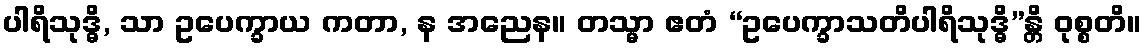
ပါရိသုဒ္ဓိ, သာ ဥပေက္ခာယ ကတာ, န အညေန။ တသ္မာ ဧတံ “ဥပေက္ခာသတိပါရိသုဒ္ဓိ”န္တိ ဝုစ္စတိ။